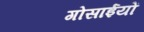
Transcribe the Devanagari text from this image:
गोसाईयों